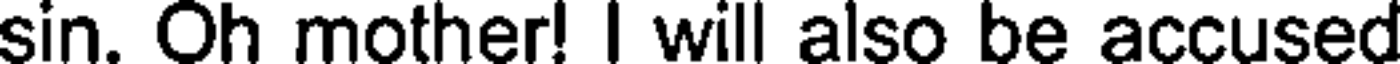
sin. Oh mother! I will also be accused